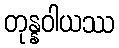
တုန္နဝါယဿ